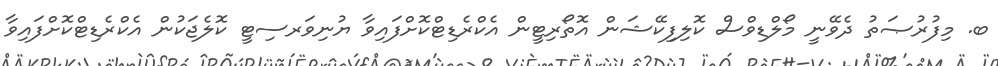
ބ. މިފުރުޞަތު ދެވޭނީ މޯލްޑިވްސް ކޮލިފިކޭޝަން އޮތޯރިޓީން އެކްރެޑިޓްކޮށްފައިވާ ޔުނިވަރސިޓީ ކޮލެޖަކުން އެކްރެޑިޓްކޮށްފައިވާ